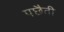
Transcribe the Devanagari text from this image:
पछैती